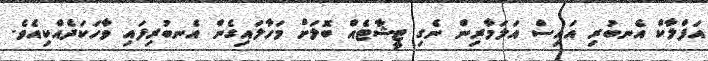
އަފްލާކް އެނބުރި އައިސް އަލަމާރިން ނެގި ޓީޝާޓެއް ބޮލަށް މަހާލައިގެން އެނބުރިފައި ވާހަކަދެއްކިއެވެ.